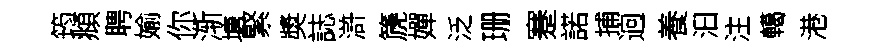
筠頫聘媮你渐塘緊奬誌滸篪嬋泛珊蹇諾捕逈養汩注轕港